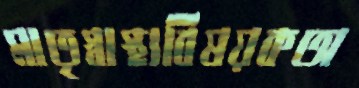
মাতৃস্বাস্থ্যবিষয়কঅ